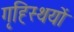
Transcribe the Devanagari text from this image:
गृह्स्थियों